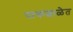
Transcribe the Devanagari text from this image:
पाकशाळेत